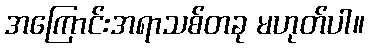
အကြောင်းအရာသစ်တခု မဟုတ်ပါ။